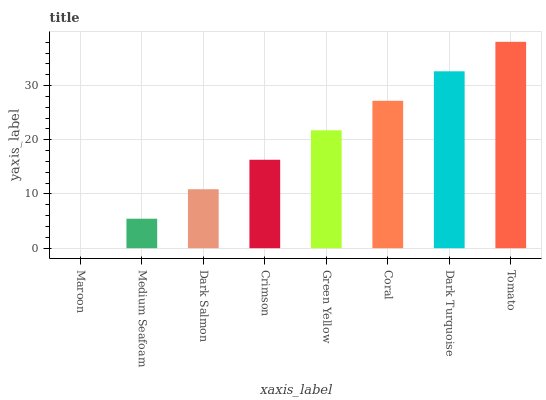
| xaxis_label | bars |
 | --- | --- |
 | Maroon | 0 |
 | Medium Seafoam | 5.44 |
 | Dark Salmon | 10.9 |
 | Crimson | 16.3 |
 | Green Yellow | 21.8 |
 | Coral | 27.2 |
 | Dark Turquoise | 32.6 |
 | Tomato | 38.1 |